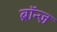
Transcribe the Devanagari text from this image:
ब्रॉन्ज़